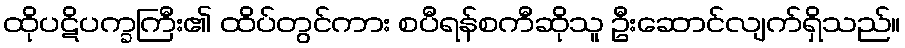
ထိုပဋိပက္ခကြီး၏ ထိပ်တွင်ကား စပီရန်စကီဆိုသူ ဦးဆောင်လျက်ရှိသည်။